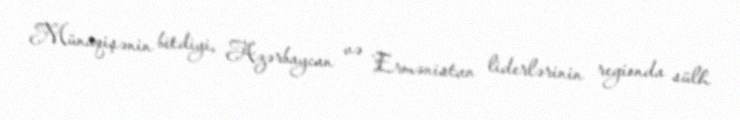
Münaqişənin bitdiyi, Azərbaycan və Ermənistan liderlərinin regionda sülh